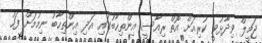
ޖަމީލް ވިދާޅުވީ ކުރިއަށް އޮތް ރިއާސީ އިންތިހާބުގައި އަދި އިންތިހާބު ނިމުމަށް ފަހު